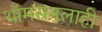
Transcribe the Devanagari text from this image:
थॉमसनलाही